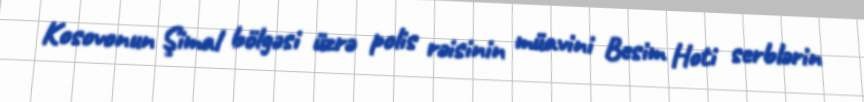
Kosovonun Şimal bölgəsi üzrə polis rəisinin müavini Besim Hoti serblərin